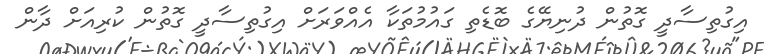
އިގުތިސާދީ ގޮތުން ދުނިޔޭގެ ބޮޑެތި ގައުމުތަކާ އެއްވަރަށް އިގުތިސާދީ ގޮތުން ކުރިއަށް ދާން